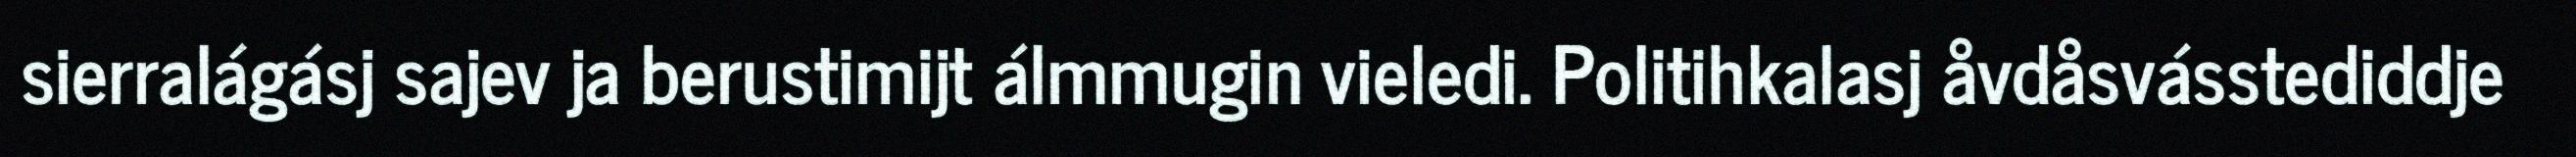
sierralágásj sajev ja berustimijt álmmugin vieledi. Politihkalasj åvdåsvásstediddje